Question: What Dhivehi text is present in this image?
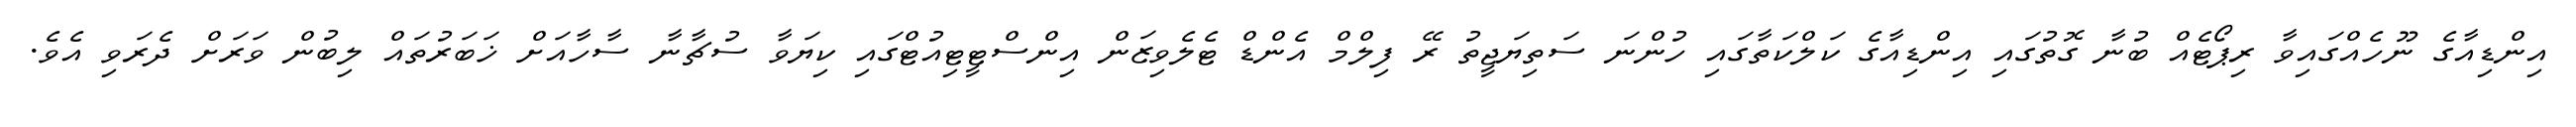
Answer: އިންޑިއާގެ ނޫހެއްގައިވާ ރިޕޯޓެއް ބުނާ ގޮތުގައި އިންޑިއާގެ ކަލްކަތާގައި ހުންނަ ސަތިޔަޖީތު ރޭ ފިލްމް އެންޑް ޓެލެވިޒަން އިންސްޓީޓިއުޓްގައި ކިޔަވާ ސުޗާނާ ސާހާއަށް ޚަބަރުތައް ލިބުން ވަރަށް ދެރަވި އެވެ.